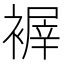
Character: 𧛺